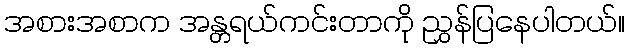
အစားအစာက အန္တရယ်ကင်းတာကို ညွှန်ပြနေပါတယ်။